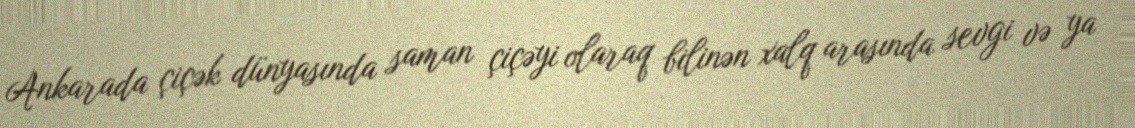
Ankarada çiçək dünyasında saman çiçəyi olaraq bilinən xalq arasında sevgi və ya